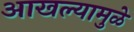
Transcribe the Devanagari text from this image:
आखल्यामुळे